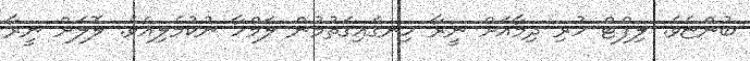
ބުންޏެވެ. ލިފްޓް ހުރި ދިމާއަށް ނީރާ ހިނގައިގަތުމުން ލަމްހާ ނުކުމެލިއެވެ. ލޮލަށް ނީރާ